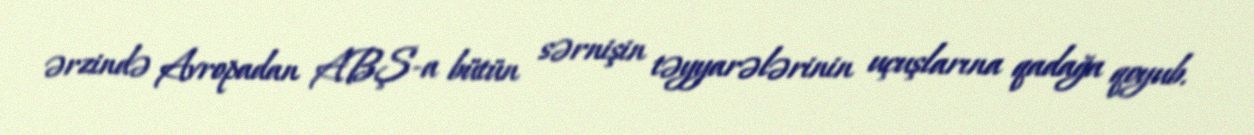
ərzində Avropadan ABŞ-a bütün sərnişin təyyarələrinin uçuşlarına qadağa qoyub.